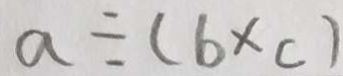
a \div ( b \times c )